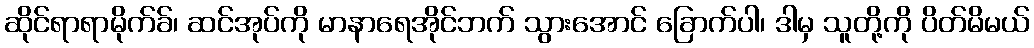
ဆိုင်ရာရာမိုက်ခ်၊ ဆင်အုပ်ကို မာနာရေအိုင်ဘက် သွားအောင် ခြောက်ပါ၊ ဒါမှ သူတို့ကို ပိတ်မိမယ်